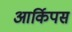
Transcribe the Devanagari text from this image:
आर्किपस